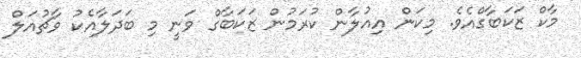
މާކް ޒަކަބާގްއެވެ. މިކަން އިއުލާން ކުރަމުން ޒަކަބާގް ވަނީ މި ބަދަލާއެކު ވާޗުއަލް